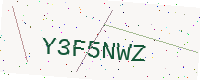
Text: Y3F5NWZ